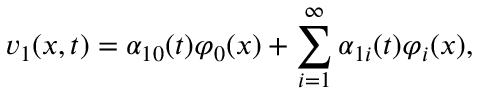
v _ { 1 } ( x , t ) = \alpha _ { 1 0 } ( t ) \varphi _ { 0 } ( x ) + \sum _ { i = 1 } ^ { \infty } \alpha _ { 1 i } ( t ) \varphi _ { i } ( x ) ,